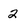
Character: 2